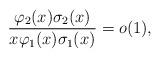
LaTeX: \begin{align*}\frac{ \varphi_2(x) \sigma_2(x) }{ x \varphi_1(x) \sigma_1(x) } = o(1),\end{align*}